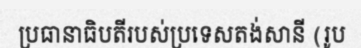
ប្រធានាធិបតីរបស់ប្រទេសតង់សានី (រូប